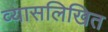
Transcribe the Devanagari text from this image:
व्यासलिखित